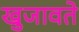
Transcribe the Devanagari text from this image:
खुजावते